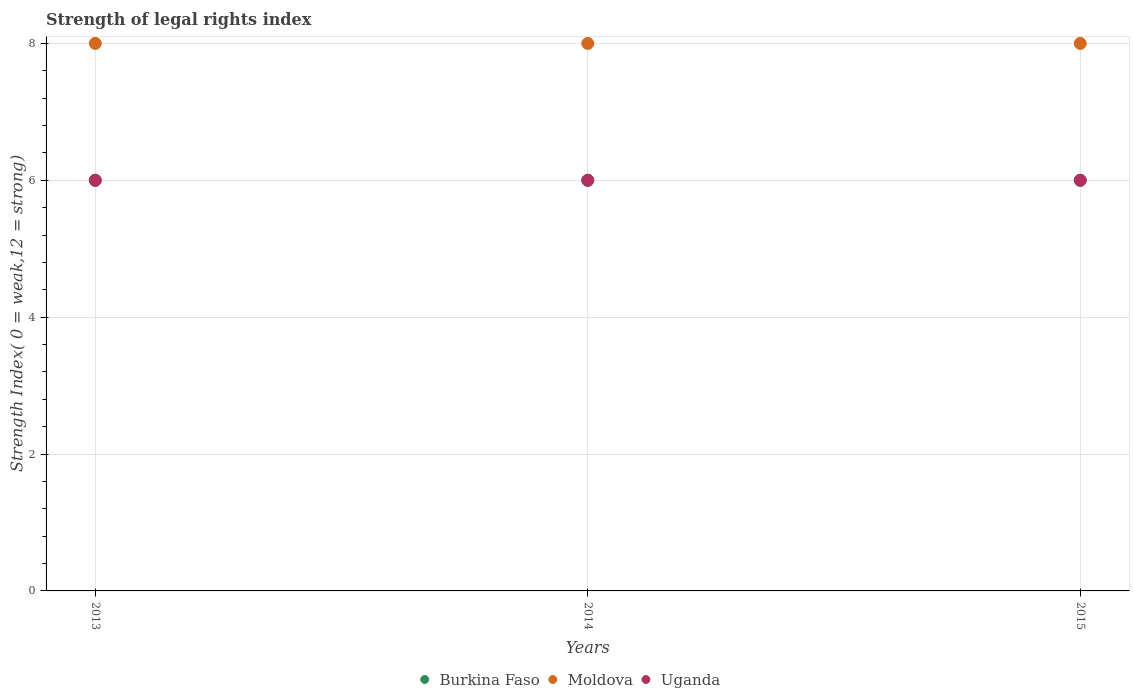
| Years | Burkina Faso | Moldova | Uganda |
 | --- | --- | --- | --- |
 | 2013 | 6 | 8 | 6 |
 | 2014 | 6 | 8 | 6 |
 | 2015 | 6 | 8 | 6 |